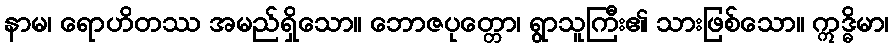
နာမ၊ ရောဟိတဿ အမည်ရှိသော။ ဘောဇပုတ္တော၊ ရွာသူကြီး၏ သားဖြစ်သော။ ဣဒ္ဓိမာ၊